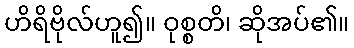
ဟိရိဗိုလ်ဟူ၍။ ဝုစ္စတိ၊ ဆိုအပ်၏။